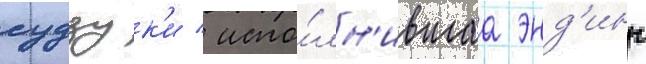
судзук'и / испо́лн'ившаа энд'инг